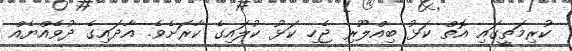
ކުރިމަތީގައި އޮތް ކަޅު ބިއްލޫރި ޖެހި ކަޅު ކުލައިގެ ކާރަށެވެ. އާދައިގެ ދުވެއްޔެއް